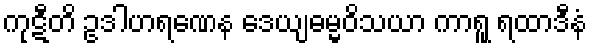
ကုဋီတိ ဥဒါဟရဏေန ဒေယျဓမ္မဝိသယာ ကာရူ ရထာဒီနံ